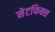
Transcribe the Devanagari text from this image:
नेटफिक्स